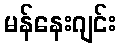
မန်နေးဂျင်း